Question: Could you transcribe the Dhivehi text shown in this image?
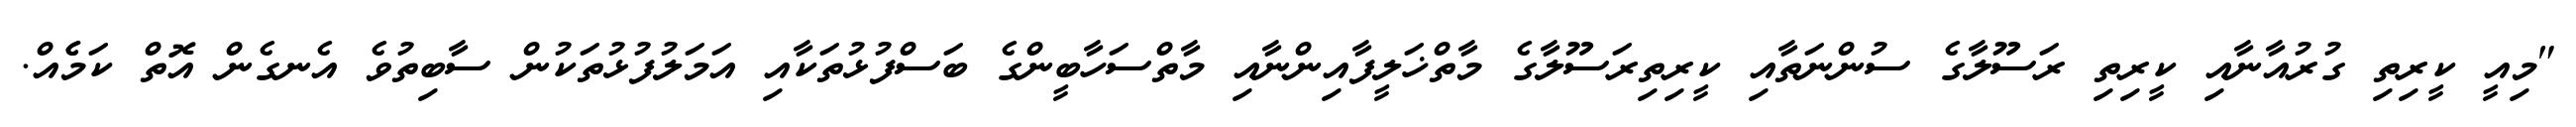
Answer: "މިއީ ކީރިތި ގުރުއާނާއި ކީރިތި ރަސޫލާގެ ސުންނަތާއި ކީރިތިރަސޫލާގެ މާތްޚަލީފާއިންނާއި މާތްސަހާބީންގެ ބަސްފުޅުތަކާއި އަމަލުފުޅުތަކުން ސާބިތުވެ އެނގެން އޮތް ކަމެެއް.